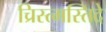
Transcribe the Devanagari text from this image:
च्रिस्त्मस्तिदे